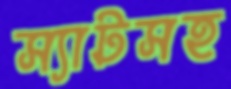
স্যাটসহ